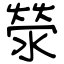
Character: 滎